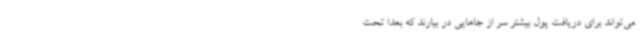
می‌تواند برای دریافت پول بیشتر سر از جاهایی در بیارند که بعداً تحت